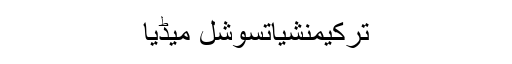
ترکیمنشیاتسوشل میڈیا